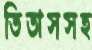
তিতাসসহ